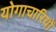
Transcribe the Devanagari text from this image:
योगाचारियों